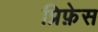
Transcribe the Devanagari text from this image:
प्रिफ़ेस